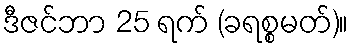
ဒီဇင်ဘာ 25 ရက် (ခရစ္စမတ်)။